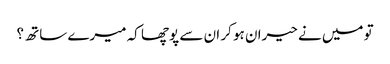
تو میں نے حیران ہو کر ان سے پوچھا کہ میرے ساتھ ؟